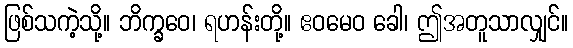
ဖြစ်သကဲ့သို့။ ဘိက္ခဝေ၊ ရဟန်းတို့။ ဧဝမေဝ ခေါ၊ ဤအတူသာလျှင်။